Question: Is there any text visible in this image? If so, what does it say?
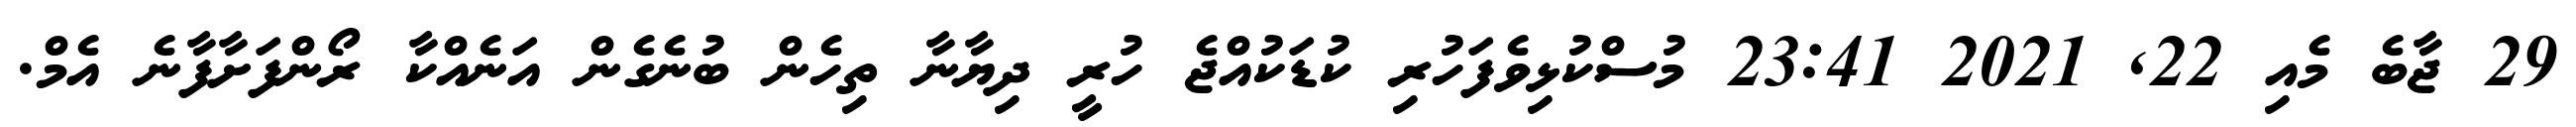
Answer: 29 ޖާބެ މެއި 22, 2021 23:41 މުސްކުޅިވެފަހުރި ކުޑަކުއްޖެ ހުރީ ދިޔާނާ ތިހެން ބުނެގެން އަނެއްކާ ރޯންފަށާފާނެ އެމް.